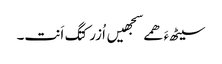
سیٹھءَ ھمے سجھیں اُزرکتگ اَنت۔